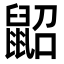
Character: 鼦